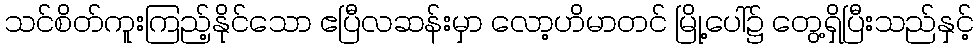
သင်စိတ်ကူးကြည့်နိုင်သော ဧပြီလဆန်းမှာ လော့ဟိမာတင် မြို့ပေါ်၌ တွေ့ရှိပြီးသည်နှင့်